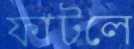
ফাটলে